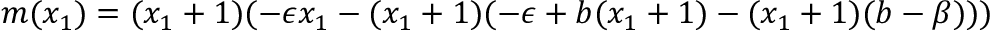
m ( x _ { 1 } ) = ( x _ { 1 } + 1 ) ( - \epsilon x _ { 1 } - ( x _ { 1 } + 1 ) ( - \epsilon + b ( x _ { 1 } + 1 ) - ( x _ { 1 } + 1 ) ( b - \beta ) ) )